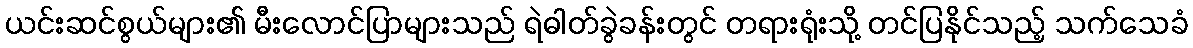
ယင်းဆင်စွယ်များ၏ မီးလောင်ပြာများသည် ရဲဓါတ်ခွဲခန်းတွင် တရားရုံးသို့ တင်ပြနိုင်သည့် သက်သေခံ